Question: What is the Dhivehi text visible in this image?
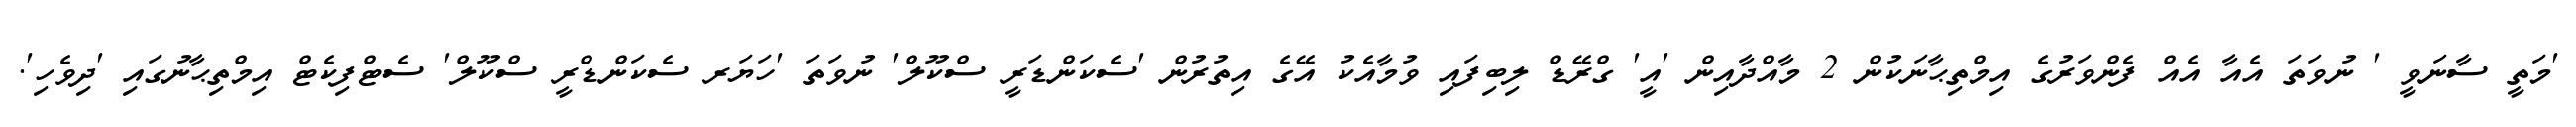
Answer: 'މަތީ ސާނަވީ ' ނުވަތަ އެއާ އެއް ފެންވަރުގެ އިމްތިޙާނަކުން 2 މާއްދާއިން 'އީ' ގްރޭޑް ލިބިފައި ވުމާއެކު އޭގެ އިތުރުން 'ސެކަންޑަރީ ސްކޫލް' ނުވަތަ 'ހަޔަރ ސެކަންޑްރީ ސްކޫލް' ސެޓްފިކެޓް އިމްތިޙާނުގައި 'ދިވެހި'.